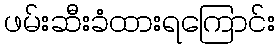
ဖမ်းဆီးခံထားရကြောင်း